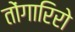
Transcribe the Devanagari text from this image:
तोंगारिरो